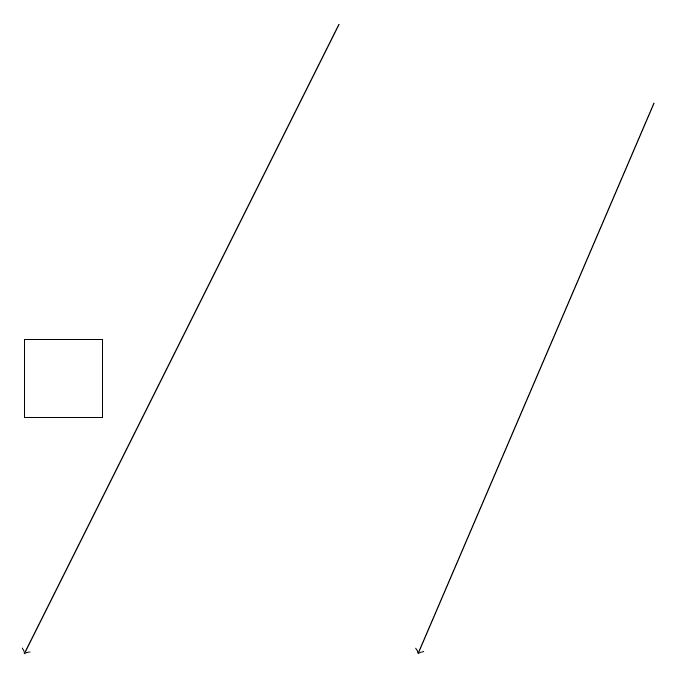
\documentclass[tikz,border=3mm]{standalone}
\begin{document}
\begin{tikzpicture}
\draw[->] (9,18) -- (6,11);
\draw[->] (5,19) -- (1,11);
\draw (1,14) rectangle (2,15);
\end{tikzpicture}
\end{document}